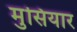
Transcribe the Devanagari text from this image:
मुसियार